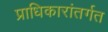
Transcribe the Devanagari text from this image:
प्राधिकारांतर्गत